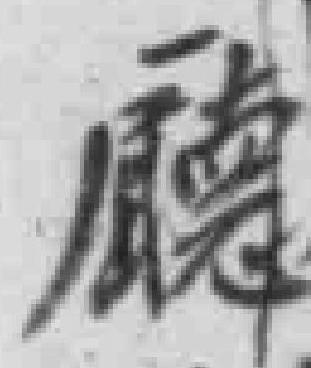
廰